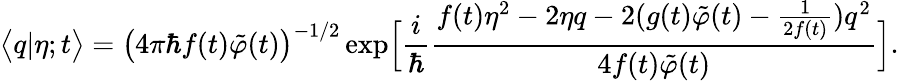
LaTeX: \bigl<q|\eta;t\bigr>=\bigl(4\pi\hbar f(t)\tilde{\varphi}(t)\bigr)^{-1/2}\exp\Bigl[\frac{i}{\hbar}\frac{f(t)\eta^{2}-2\eta q-2(g(t)\tilde{\varphi}(t)-\frac{1}{2f(t)})q^{2}}{4f(t)\tilde{\varphi}(t)}\Bigr].